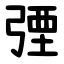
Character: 㢾